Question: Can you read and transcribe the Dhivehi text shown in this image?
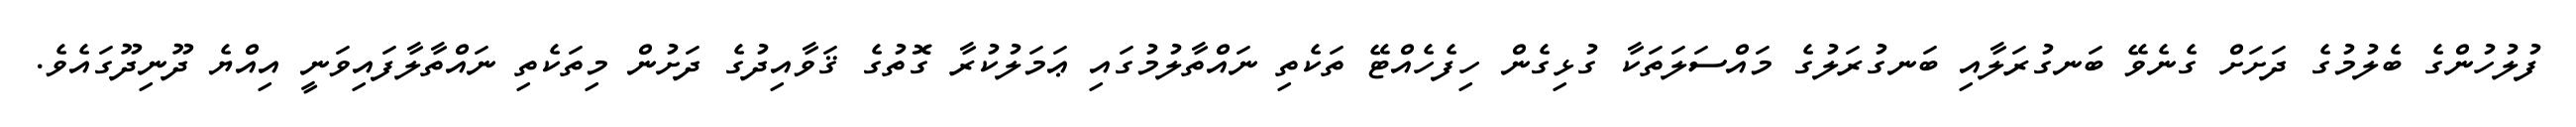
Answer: ފުލުހުންގެ ބެލުމުގެ ދަށަށް ގެނެވޭ ބަނގުރަލާއި ބަނގުރަލުގެ މައްސަލަތަކާ ގުޅިގެން ހިފެހެއްޓޭ ތަކެތި ނައްތާލުމުގައި ޢަމަލުކުރާ ގޮތުގެ ޤަވާއިދުގެ ދަށުން މިތަކެތި ނައްތާލާފައިވަނީ އިއްޔެ ދޫނިދޫގައެވެ.